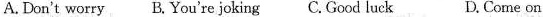
A.Don't worry B.You're joking C.Good luck D.Come on